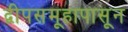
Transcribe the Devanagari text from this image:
द्वीपसमूहापासून